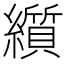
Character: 𬘋